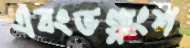
এবংভগ্নাংশ